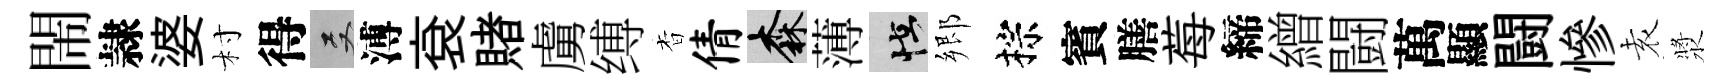
閙隷婆村得双溥袞賭虜缚杳倩森薄怪郷棕賓膳莓締繒闘萬顯闘慘𡊮漿